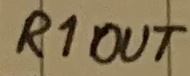
Text: R1OUT